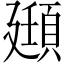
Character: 頲